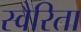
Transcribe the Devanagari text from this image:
स्वैरिता